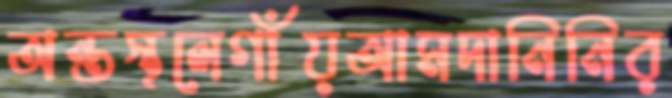
অন্তস্থলেগাঁয়আমদানিনির